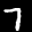
Label: 7